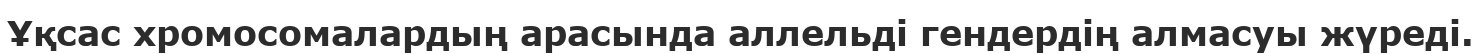
Ұқсас хромосомалардың арасында аллельді гендердің алмасуы жүреді.